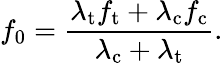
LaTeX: f_{0}=\frac{\lambda_{\mathrm{t}}f_{\mathrm{t}}+\lambda_{\mathrm{c}}f_{\mathrm{c}}}{\lambda_{\mathrm{c}}+\lambda_{\mathrm{t}}}.